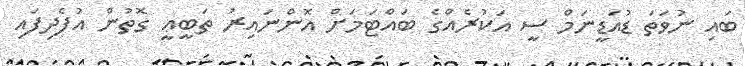
ބައި ނުވަތަ ޑުއަޑީނަމް ސީ އަކުރެއްގެ ބައްޓަމަށް އޮންނައިރު ތަބީޢީ ގޮތުން އުފެދިފައި